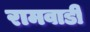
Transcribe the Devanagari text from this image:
रामवाडी